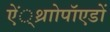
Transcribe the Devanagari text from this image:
ऐं्थ्राोपॉएडों